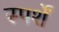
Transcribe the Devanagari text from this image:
स्पर्शें